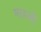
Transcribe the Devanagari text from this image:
माहली